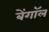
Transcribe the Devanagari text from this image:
बेंगाॅल